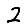
Digit: 2